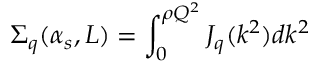
\Sigma _ { q } ( \alpha _ { s } , L ) = \int _ { 0 } ^ { \rho Q ^ { 2 } } J _ { q } ( k ^ { 2 } ) d k ^ { 2 }